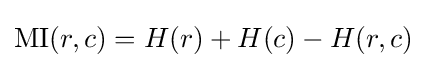
\operatorname {MI} (r,c)=H(r)+H(c)-H(r,c)